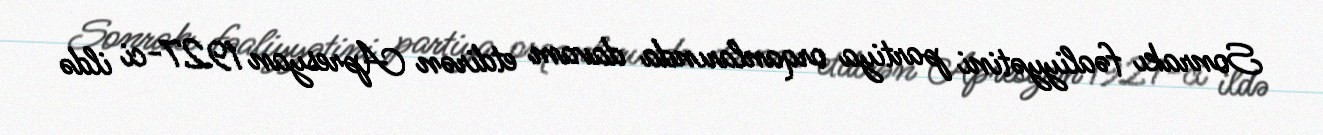
Sonrakı fəaliyyətini partiya orqanlarında davam etdirən Apresyan 1927-ci ildə